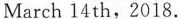
March 14 th,2018.